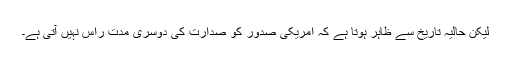
لیکن حالیہ تاریخ سے ظاہر ہوتا ہے کہ امریکی صدور کو صدارت کی دوسری مدت راس نہیں آتی ہے۔